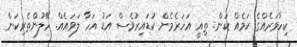
ކިހާވަރެއްގެ ކަމެއް ކަން. ތިއީ އަހަރެމެން ކުޑައިރުވެސް އަޑު އަހާ ލަވައެއް. ހޭލުންތެރިކަން